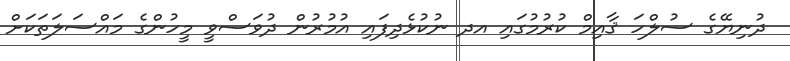
ދުނިޔޭގެ ސުލްހަ ޤާއިމް ކުރުމުގައި އދ ނުކުޅެދިފައި އުމުރުން ދުވަސްވީ މީހުންގެ މައްސަލަތަކަށް